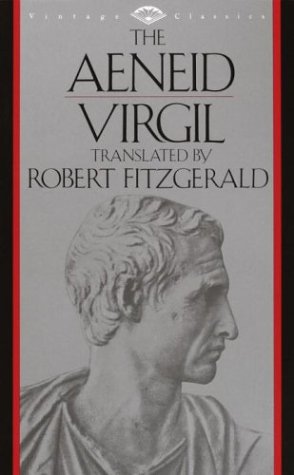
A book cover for The Aeneid (Vintage Classics); Virgil; Literature & Fiction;